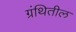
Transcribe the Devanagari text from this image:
ग्रंथितील